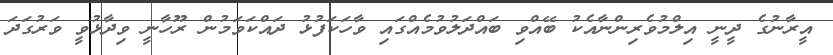
އީރާނުގެ ދީނީ އިލްމުވެރިންނާއެކު ބޭއްވި ބައްދަލުވުމެއްގައި ވާހަކަފުޅު ދައްކަވަމުން ރޫހާނީ ވިދާޅުވީ ވަރުގަދަ